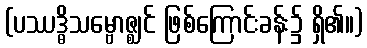
(ပဿဒ္ဓိသမ္ဗောဇ္ဈင် ဖြစ်ကြောင်းခန်း၌ ရှိ၏။)